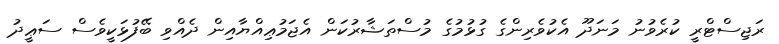
ރަޖިސްޓްރީ ކުރެވުނު މަނަދޫ އެކުވެރިންގެ ގުޅުމުގެ މުސްތަޝާރުކަން އެޖަމުޢިއްޔާއިން ދެއްވި ބޭފުޅަކީވެސް ސަޢީދު